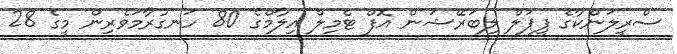
ސްރީލަންކާގެ ޕީޕަލް ލިބަރޭޝަން އޮފް ޓެމިލް އިލާމްގެ 80 ހަނގުރާމަވެރިން މީގެ 28